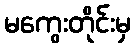
မကွေးတိုင်းမှ